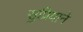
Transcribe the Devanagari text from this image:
सुप्रियाने